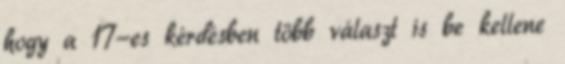
hogy a 17-es kérdésben több választ is be kellene